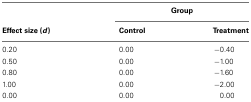
|  | <COLSPAN=2> Group |
 | Effect size (d) | Control | Treatment |
 | --- | --- | --- |
 | 0.20 | 0.00 | −0.40 |
 | 0.50 | 0.00 | −1.00 |
 | 0.80 | 0.00 | −1.60 |
 | 1.00 | 0.00 | −2.00 |
 | 0.00 | 0.00 | −0.00 |